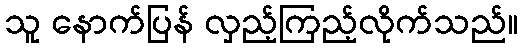
သူ နောက်ပြန် လှည့်ကြည့်လိုက်သည်။